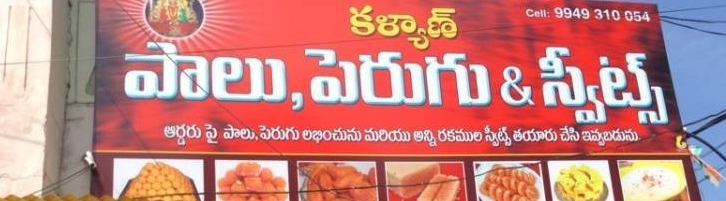
Language: telugu
Transcription: కళ్యాణ్ ఇవ్వబడును పాలు, పెరుగు స్వీట్స్ పై పెరుగు లభించును అన్ని రకముల తయారు చేసి మరియు స్వీట్స్ పాలు